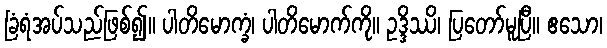
ခြံရံအပ်သည်ဖြစ်၍။ ပါတိမောက္ခံ၊ ပါတိမောက်ကို။ ဥဒ္ဒိဿိ၊ ပြတော်မူပြီ။ ဧသော၊